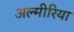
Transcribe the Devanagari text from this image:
अल्मीरिया